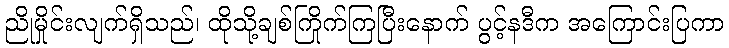
ညိုမှိုင်းလျက်ရှိသည်၊ ထိုသို့ချစ်ကြိုက်ကြပြီးနောက် ပွင့်နဒီက အကြောင်းပြကာ